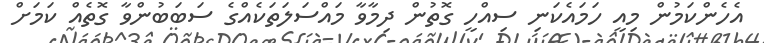
އެހެންކަމުން މިއީ ހަމައެކަނި ސިއްހީ ގޮތުން ދިމާވާ މައްސަލަތަކެއްގެ ސަބަބުންވާ ގޮތެއް ކަމަށް